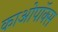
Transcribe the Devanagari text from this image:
काओपॉक्स